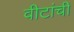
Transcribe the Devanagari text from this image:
वीटांची